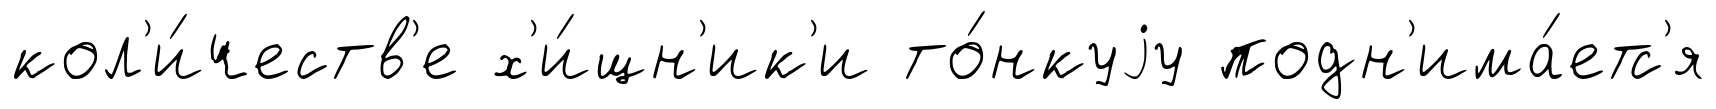
кол'и́честв'е х'и́щн'ик'и то́нкуjу подн'има́етс'я